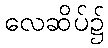
လေဆိပ်၌